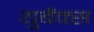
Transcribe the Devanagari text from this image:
युबैंक्स